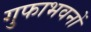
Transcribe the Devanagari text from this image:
गुफाभवनों